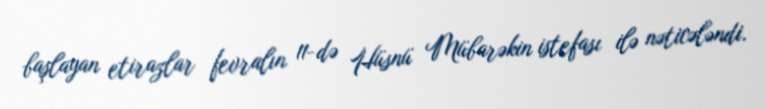
başlayan etirazlar fevralın 11-də Hüsnü Mübarəkin istefası ilə nəticələndi.